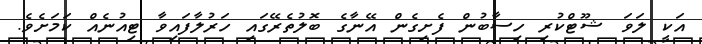
އަކީ ލަވަ ޝޫޓްކުރި ހިސާބުން ފެށިގެން އޭނާގެ ބޮލުތެރޭގައި ހަރުލާފައިވާ ޓިއުނެއް ކަމަށެވެ.